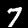
Digit: 7